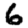
Digit: 6